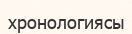
хронологиясы